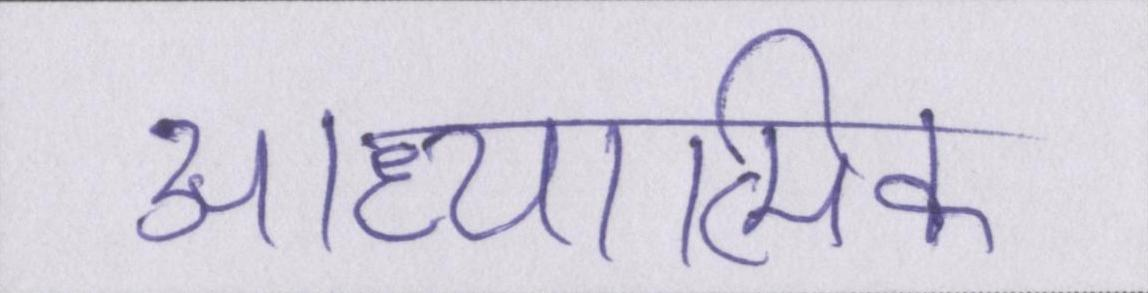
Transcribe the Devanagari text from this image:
आध्यात्मिक